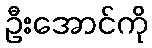
ဦးအောင်ကို